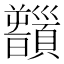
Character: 𩕻